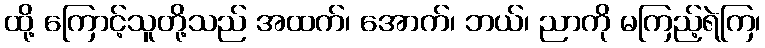
ထို့ ကြောင့်သူတို့သည် အထက်၊ အောက်၊ ဘယ်၊ ညာကို မကြည့်ရဲကြ၊